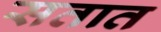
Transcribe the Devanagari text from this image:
सतात